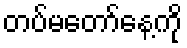
တပ်မတော်နေ့ကို